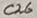
Text: C26